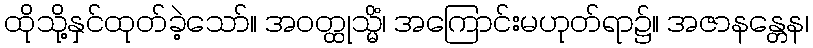
ထိုသို့နှင်ထုတ်ခဲ့သော်။ အဝတ္ထုသ္မိံ၊ အကြောင်းမဟုတ်ရာ၌။ အဇာနန္တေန၊